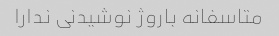
متاسفانه باروژ نوشیدنی ندارا